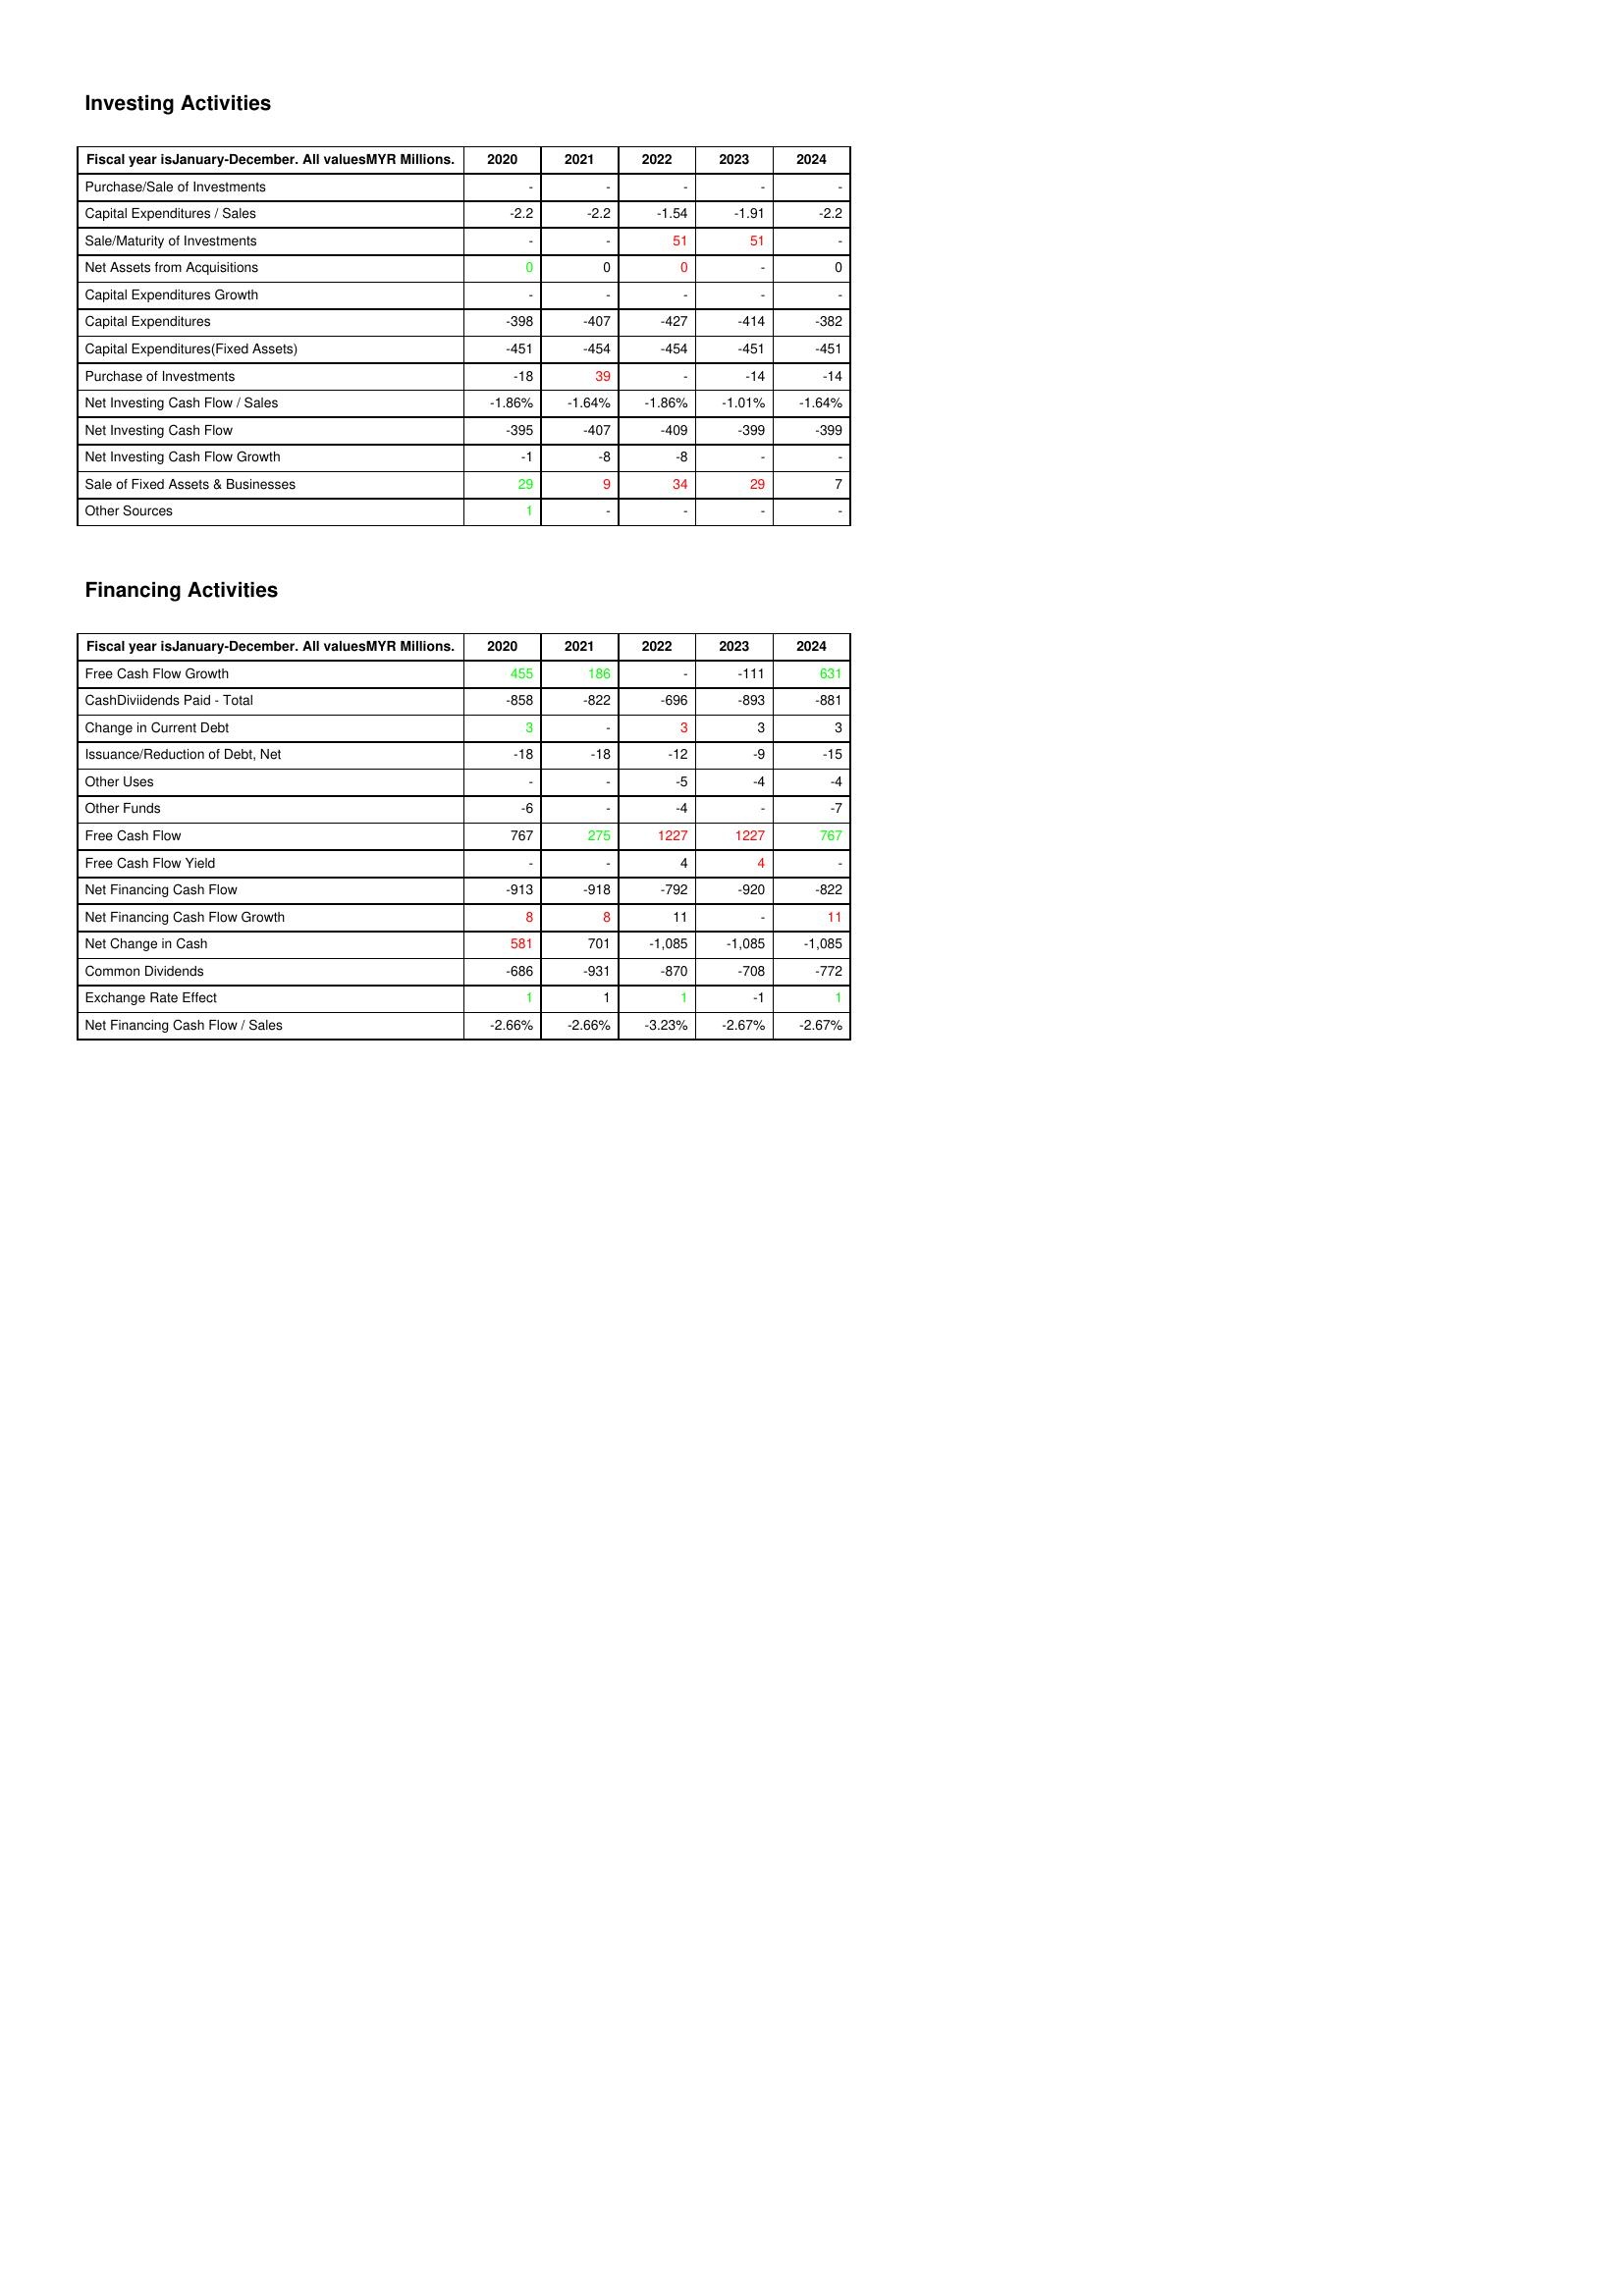
gt_parse: 2020: Investing Activities: Purchase/Sale of Investments: -
Capital Expenditures / Sales: -2.2
Sale/Maturity of Investments: -
Net Assets from Acquisitions: 0
Capital Expenditures Growth: -
Capital Expenditures: -398
Capital Expenditures(Fixed Assets): -451
Purchase of Investments: -18
Net Investing Cash Flow / Sales: -1.86%
Net Investing Cash Flow: -395
Net Investing Cash Flow Growth: -1
Sale of Fixed Assets & Businesses: 29
Other Sources: 1
Financing Activities: Free Cash Flow Growth: 455
CashDiviidends Paid - Total: -858
Change in Current Debt: 3
Issuance/Reduction of Debt, Net: -18
Other Uses: -
Other Funds: -6
Free Cash Flow: 767
Free Cash Flow Yield: -
Net Financing Cash Flow: -913
Net Financing Cash Flow Growth: 8
Net Change in Cash: 581
Common Dividends: -686
Exchange Rate Effect: 1
Net Financing Cash Flow / Sales: -2.66%
2021: Investing Activities: Purchase/Sale of Investments: -
Capital Expenditures / Sales: -2.2
Sale/Maturity of Investments: -
Net Assets from Acquisitions: 0
Capital Expenditures Growth: -
Capital Expenditures: -407
Capital Expenditures(Fixed Assets): -454
Purchase of Investments: 39
Net Investing Cash Flow / Sales: -1.64%
Net Investing Cash Flow: -407
Net Investing Cash Flow Growth: -8
Sale of Fixed Assets & Businesses: 9
Other Sources: -
Financing Activities: Free Cash Flow Growth: 186
CashDiviidends Paid - Total: -822
Change in Current Debt: -
Issuance/Reduction of Debt, Net: -18
Other Uses: -
Other Funds: -
Free Cash Flow: 275
Free Cash Flow Yield: -
Net Financing Cash Flow: -918
Net Financing Cash Flow Growth: 8
Net Change in Cash: 701
Common Dividends: -931
Exchange Rate Effect: 1
Net Financing Cash Flow / Sales: -2.66%
2022: Investing Activities: Purchase/Sale of Investments: -
Capital Expenditures / Sales: -1.54
Sale/Maturity of Investments: 51
Net Assets from Acquisitions: 0
Capital Expenditures Growth: -
Capital Expenditures: -427
Capital Expenditures(Fixed Assets): -454
Purchase of Investments: -
Net Investing Cash Flow / Sales: -1.86%
Net Investing Cash Flow: -409
Net Investing Cash Flow Growth: -8
Sale of Fixed Assets & Businesses: 34
Other Sources: -
Financing Activities: Free Cash Flow Growth: -
CashDiviidends Paid - Total: -696
Change in Current Debt: 3
Issuance/Reduction of Debt, Net: -12
Other Uses: -5
Other Funds: -4
Free Cash Flow: 1227
Free Cash Flow Yield: 4
Net Financing Cash Flow: -792
Net Financing Cash Flow Growth: 11
Net Change in Cash: -1,085
Common Dividends: -870
Exchange Rate Effect: 1
Net Financing Cash Flow / Sales: -3.23%
2023: Investing Activities: Purchase/Sale of Investments: -
Capital Expenditures / Sales: -1.91
Sale/Maturity of Investments: 51
Net Assets from Acquisitions: -
Capital Expenditures Growth: -
Capital Expenditures: -414
Capital Expenditures(Fixed Assets): -451
Purchase of Investments: -14
Net Investing Cash Flow / Sales: -1.01%
Net Investing Cash Flow: -399
Net Investing Cash Flow Growth: -
Sale of Fixed Assets & Businesses: 29
Other Sources: -
Financing Activities: Free Cash Flow Growth: -111
CashDiviidends Paid - Total: -893
Change in Current Debt: 3
Issuance/Reduction of Debt, Net: -9
Other Uses: -4
Other Funds: -
Free Cash Flow: 1227
Free Cash Flow Yield: 4
Net Financing Cash Flow: -920
Net Financing Cash Flow Growth: -
Net Change in Cash: -1,085
Common Dividends: -708
Exchange Rate Effect: -1
Net Financing Cash Flow / Sales: -2.67%
2024: Investing Activities: Purchase/Sale of Investments: -
Capital Expenditures / Sales: -2.2
Sale/Maturity of Investments: -
Net Assets from Acquisitions: 0
Capital Expenditures Growth: -
Capital Expenditures: -382
Capital Expenditures(Fixed Assets): -451
Purchase of Investments: -14
Net Investing Cash Flow / Sales: -1.64%
Net Investing Cash Flow: -399
Net Investing Cash Flow Growth: -
Sale of Fixed Assets & Businesses: 7
Other Sources: -
Financing Activities: Free Cash Flow Growth: 631
CashDiviidends Paid - Total: -881
Change in Current Debt: 3
Issuance/Reduction of Debt, Net: -15
Other Uses: -4
Other Funds: -7
Free Cash Flow: 767
Free Cash Flow Yield: -
Net Financing Cash Flow: -822
Net Financing Cash Flow Growth: 11
Net Change in Cash: -1,085
Common Dividends: -772
Exchange Rate Effect: 1
Net Financing Cash Flow / Sales: -2.67%